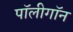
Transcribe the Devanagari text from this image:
पॉलीगॉन